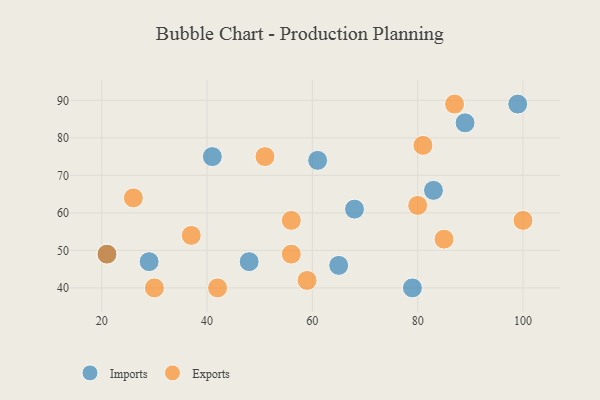
{"axis": {"x": "GDP", "y": "Life Expectancy"}, "legend": ["Exports", "Imports"], "data": [{"x": "41", "y": 75, "type": "Imports"}, {"x": "99", "y": 89, "type": "Imports"}, {"x": "68", "y": 61, "type": "Imports"}, {"x": "61", "y": 74, "type": "Imports"}, {"x": "29", "y": 47, "type": "Imports"}, {"x": "21", "y": 49, "type": "Imports"}, {"x": "89", "y": 84, "type": "Imports"}, {"x": "79", "y": 40, "type": "Imports"}, {"x": "83", "y": 66, "type": "Imports"}, {"x": "65", "y": 46, "type": "Imports"}, {"x": "48", "y": 47, "type": "Imports"}, {"x": "85", "y": 53, "type": "Exports"}, {"x": "100", "y": 58, "type": "Exports"}, {"x": "80", "y": 62, "type": "Exports"}, {"x": "81", "y": 78, "type": "Exports"}, {"x": "26", "y": 64, "type": "Exports"}, {"x": "51", "y": 75, "type": "Exports"}, {"x": "37", "y": 54, "type": "Exports"}, {"x": "42", "y": 40, "type": "Exports"}, {"x": "30", "y": 40, "type": "Exports"}, {"x": "87", "y": 89, "type": "Exports"}, {"x": "56", "y": 58, "type": "Exports"}, {"x": "59", "y": 42, "type": "Exports"}, {"x": "21", "y": 49, "type": "Exports"}, {"x": "56", "y": 49, "type": "Exports"}]}